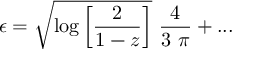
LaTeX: \epsilon = \sqrt { \log \left[ \frac { 2 } { 1 - z } \right] } \ \frac { 4 } { 3 \ \pi } + . . .